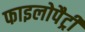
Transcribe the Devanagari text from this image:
फाइलोपैट्री